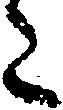
た